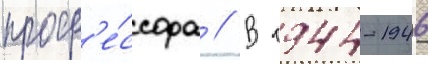
проф'е́ссора // В 1944-1946